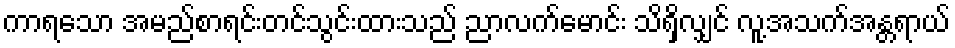
ကာရသော အမည်စာရင်းတင်သွင်းထားသည် ညာလက်မောင်း သိရှိလျှင် လူ့အသက်အန္တရာယ်